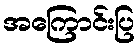
အကြောင်းပြ